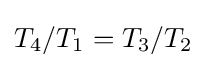
T_{4}/T_{1}=T_{3}/T_{2}